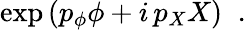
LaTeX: \exp\left(p_{\phi}\phi+i\, p_{X}X\right)\; \; .